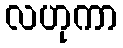
လဟုကာ